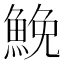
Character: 鮸